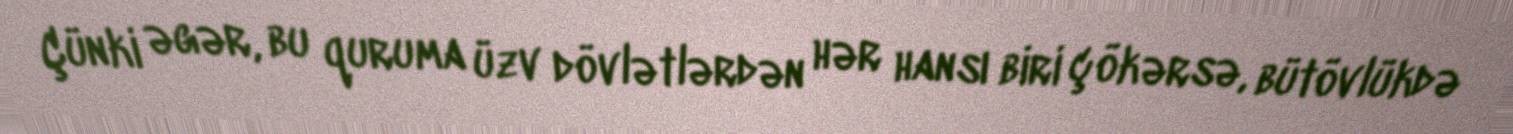
Çünki əgər, bu quruma üzv dövlətlərdən hər hansı biri çökərsə, bütövlükdə